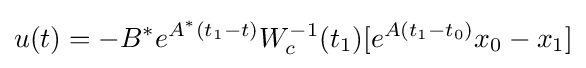
u(t)=-B^{*}e^{A^{*}(t_{1}-t)}W_{c}^{-1}(t_{1})[e^{A(t_{1}-t_{0})}x_{0}-x_{1}]